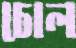
চোল